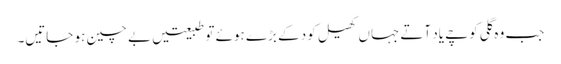
جب وہ گلی کوچے یاد آتے جہاں کھیل کود کے بڑے ہوئے تو طبیعتیں بے چین ہو جاتیں۔